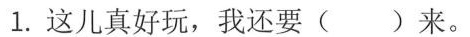
1.这儿真好玩，我还要( )来。